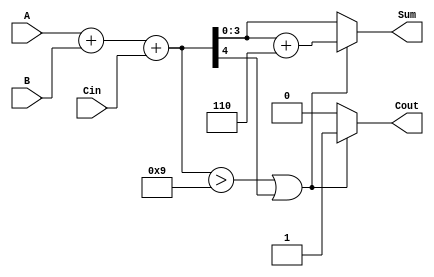
module BCD_Asynchronous_Adder (
    input  wire [3:0] A,       // First BCD digit
    input  wire [3:0] B,       // Second BCD digit
    input  wire Cin,           // Carry input
    output reg  [3:0] Sum,     // BCD sum output
    output reg  Cout           // Carry output
);
    
    wire [4:0] binary_sum;     // Intermediate binary sum
    wire correction_needed;     // Indicates if correction is needed

    // Step 1: Perform binary addition
    assign binary_sum = A + B + Cin;

    // Step 2: Determine if correction is needed
    assign correction_needed = (binary_sum > 5'd9) || (binary_sum[4] == 1'b1);

    always @* begin
        // Default values
        Sum = binary_sum[3:0];     // Take the lower 4 bits initially
        Cout = 1'b0;                // Default carry out

        // Step 3: Correct the BCD sum if necessary
        if (correction_needed) begin
            Sum = Sum + 4'b0110;     // Add 6 to correct the BCD
            Cout = 1'b1;             // Set carry out
        end
    end

endmodule